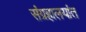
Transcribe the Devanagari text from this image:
संग्रहालयांत